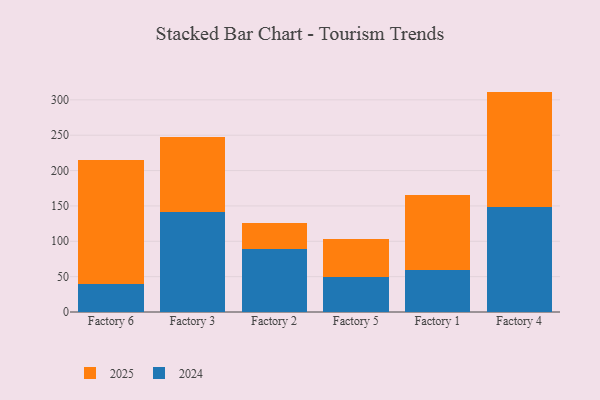
{"axis": {"x": "Factory", "y": "Shipments"}, "legend": ["2024", "2025"], "data": [{"x": "Factory 6", "y": 174.6, "type": "2025"}, {"x": "Factory 6", "y": 40.2, "type": "2024"}, {"x": "Factory 3", "y": 105.2, "type": "2025"}, {"x": "Factory 3", "y": 141.8, "type": "2024"}, {"x": "Factory 2", "y": 37.3, "type": "2025"}, {"x": "Factory 2", "y": 89.1, "type": "2024"}, {"x": "Factory 5", "y": 53.9, "type": "2025"}, {"x": "Factory 5", "y": 49.4, "type": "2024"}, {"x": "Factory 1", "y": 105.7, "type": "2025"}, {"x": "Factory 1", "y": 59.8, "type": "2024"}, {"x": "Factory 4", "y": 163.1, "type": "2025"}, {"x": "Factory 4", "y": 148.6, "type": "2024"}]}